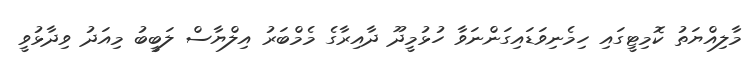
މާލިއްޔަތު ކޮމިޓީގައި ހިމެނިވަޑައިގަންނަވާ ހުޅުމީދޫ ދާއިރާގެ މެމްބަރު އިލްޔާސް ލަބީބު މިއަދު ވިދާޅުވީ